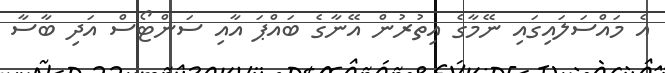
އެ މައްސަލައިގައި ނޭމާގެ އިތުރުން އޭނާގެ ބައްޕަ އާއި ސަންޓޯސް އަދި ބާސާ